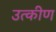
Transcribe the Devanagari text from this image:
उत्कीण